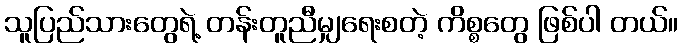
သူပြည်သားတွေရဲ့ တန်းတူညီမျှရေးစတဲ့ ကိစ္စတွေ ဖြစ်ပါ တယ်။